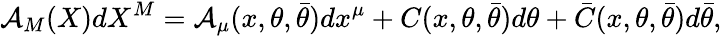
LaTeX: {\cal A}_{M}(X)dX^{M}={\cal A}_{\mu}(x,\theta,\bar{\theta})dx^{\mu}+C(x,\theta,\bar{\theta})d\theta+\bar{C}(x,\theta,\bar{\theta})d\bar{\theta},